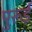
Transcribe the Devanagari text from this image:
पुरूई